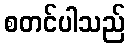
စတင်ပါသည်